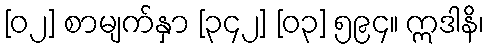
[၀၂] စာမျက်နှာ [၃၄၂] [၀၃] ၅၉၄။ ဣဒါနိ၊